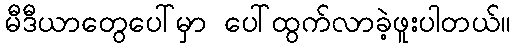
မီဒီယာတွေပေါ်မှာ ပေါ်ထွက်လာခဲ့ဖူးပါတယ်။